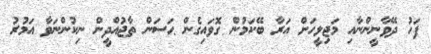
ފަހު ދޭވާނީންނާއި މަޖިލީހަށް އަރާ ބޭކަމުން ގޮވައިގެން ޙަސަން ތާޖުއްދީން ނިކުންނަވާ އަމުރު